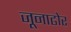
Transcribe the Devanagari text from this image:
जूनाढोर